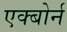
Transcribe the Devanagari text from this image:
एक्बोर्न